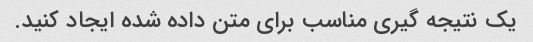
یک نتیجه گیری مناسب برای متن داده شده ایجاد کنید.